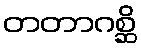
တတာဂစ္ဆိ